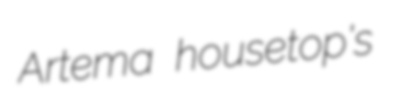
Artema housetop's